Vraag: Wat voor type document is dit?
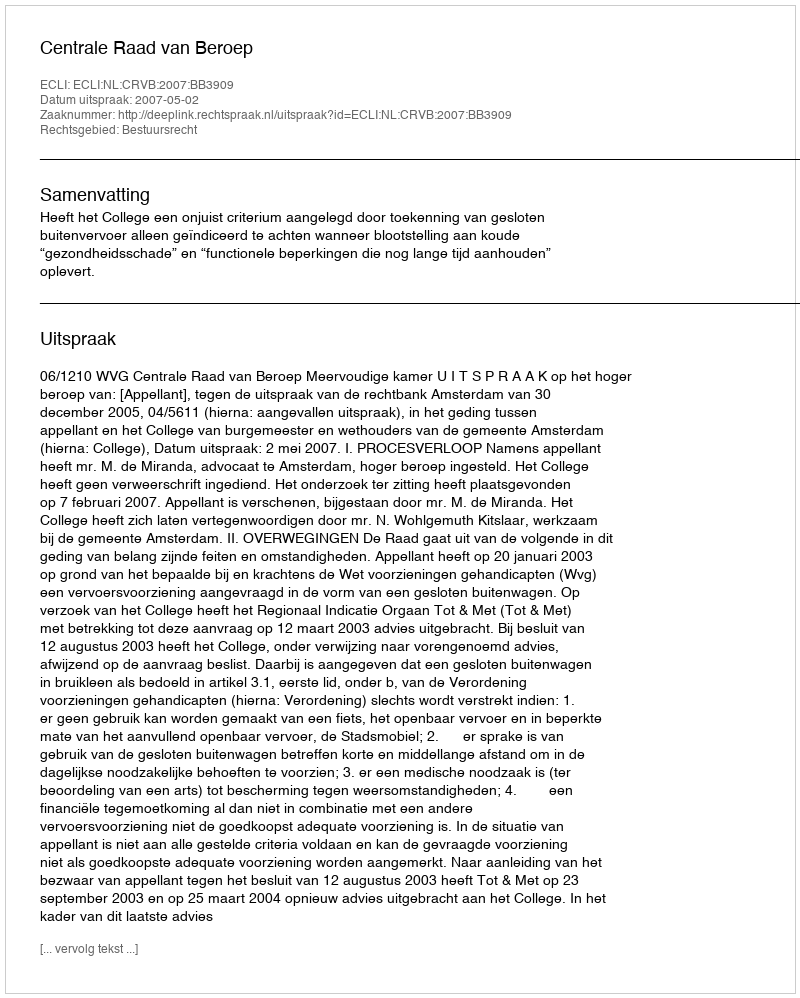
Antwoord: Uitspraak